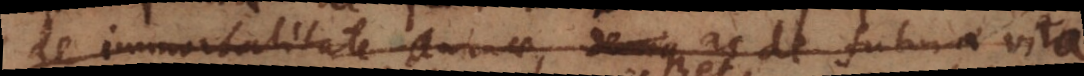
de immortalitate animae denique ac de futura vita